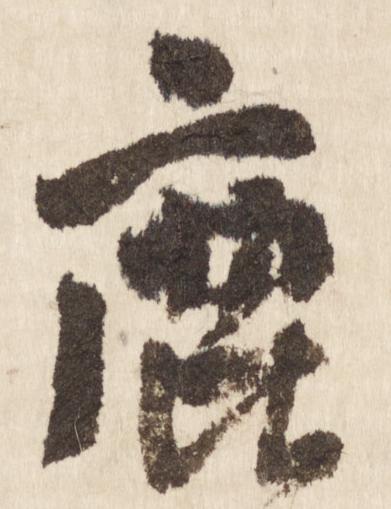
鹿